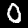
Label: 0